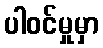
ပါဝင်မှုမှာ